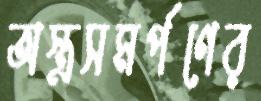
অস্ত্রসমর্পণের